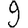
Digit: 9